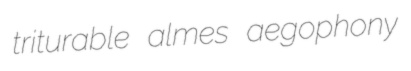
triturable almes aegophony